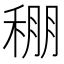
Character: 稝